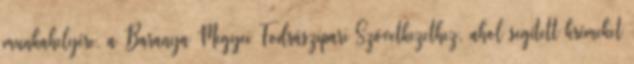
munkahelyére, a Baranya Megyei Fodrászipari Szövetkezethez, ahol segített krémeket